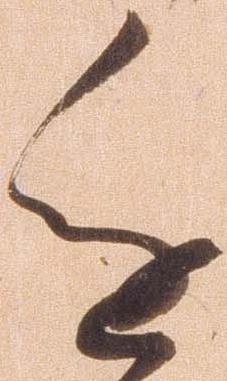
進